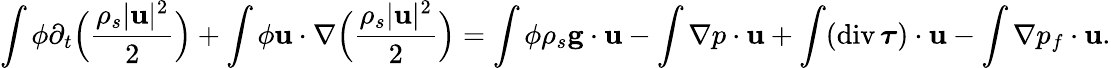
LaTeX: \int\phi\partial_{t}\Big(\frac{\rho_{s}|{\mathbf u}|^{2}}{2}\Big)+\int\phi{\mathbf u}\cdot\nabla\Big(\frac{\rho_{s}|{\mathbf u}|^{2}}{2}\Big)=\int\phi\rho_{s}{\mathbf g}\cdot{\mathbf u}-\int\nabla p\cdot{\mathbf u}+\int(\mathrm{div}\, \boldsymbol{\tau})\cdot{\mathbf u}-\int\nabla p_{f}\cdot{\mathbf u}.